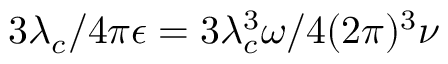
3 \lambda _ { c } / 4 \pi \epsilon = 3 \lambda _ { c } ^ { 3 } \omega / 4 ( 2 \pi ) ^ { 3 } \nu